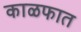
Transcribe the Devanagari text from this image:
काळफात